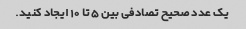
یک عدد صحیح تصادفی بین 5 تا 10 ایجاد کنید.